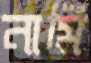
নামি